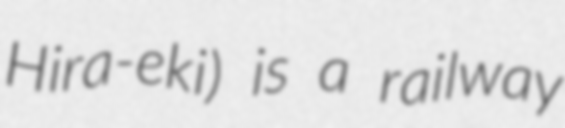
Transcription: Hira-eki) is a railway